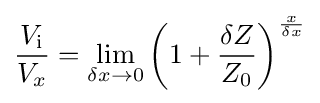
{\frac {V_{\mathrm {i} }}{V_{x}}}=\lim _{\delta x\to 0}\left(1+{\frac {\delta Z}{Z_{0}}}\right)^{\frac {x}{\delta x}}